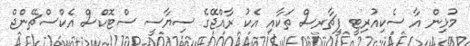
މުޅިން އާ ސެކިއުރިޓީ ފީޗާރސް ތަކާއި އެކު ރާއްޖޭގެ ސިޔާސީ ސްޓޮކްސް އެކްސްޗޭންޖް